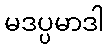
မဒပ္ပမာဒါ